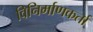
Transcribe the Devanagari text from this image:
विनिर्माणकर्ता